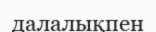
далалықпен